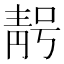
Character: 𮧃